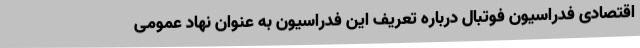
اقتصادی فدراسیون فوتبال درباره تعریف این فدراسیون به عنوان نهاد عمومی